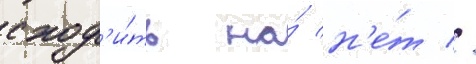
сход'и́ть на́ н'е́т //